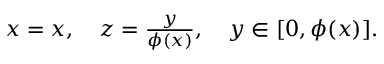
\begin{array} { r } { x = x , \quad z = \frac { y } { \phi ( x ) } , \quad y \in [ 0 , \phi ( x ) ] . } \end{array}